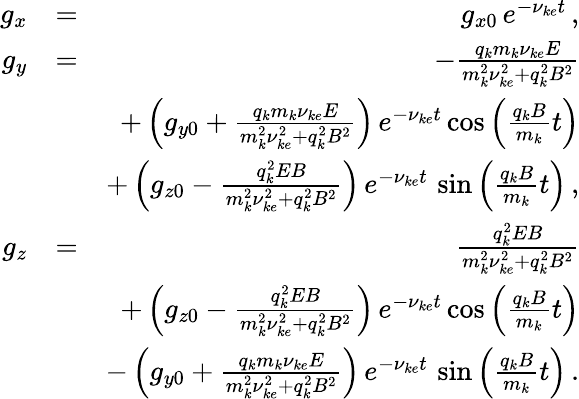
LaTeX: \begin{array}{rlr}{g_{x}}&{=}&{g_{x0}\, e^{-\nu_{ke}t}\, ,}\\ {g_{y}}&{=}&{-\frac{q_{k}m_{k}\nu_{ke}E}{m_{k}^{2}\nu_{ke}^{2}+q_{k}^{2}B^{2}}}\\ &{}&{+\left(g_{y0}+\frac{q_{k}m_{k}\nu_{ke}E}{m_{k}^{2}\nu_{ke}^{2}+q_{k}^{2}B^{2}}\right)\, e^{-\nu_{ke}t}\cos\left(\frac{q_{k}B}{m_{k}}t\right)}\\ &{}&{+\left(g_{z0}-\frac{q_{k}^{2}EB}{m_{k}^{2}\nu_{ke}^{2}+q_{k}^{2}B^{2}}\right)\, e^{-\nu_{ke}t}\, \sin\left(\frac{q_{k}B}{m_{k}}t\right)\, ,}\\ {g_{z}}&{=}&{\frac{q_{k}^{2}EB}{m_{k}^{2}\nu_{ke}^{2}+q_{k}^{2}B^{2}}}\\ &{}&{+\left(g_{z0}-\frac{q_{k}^{2}EB}{m_{k}^{2}\nu_{ke}^{2}+q_{k}^{2}B^{2}}\right)\, e^{-\nu_{ke}t}\cos\left(\frac{q_{k}B}{m_{k}}t\right)}\\ &{}&{-\left(g_{y0}+\frac{q_{k}m_{k}\nu_{ke}E}{m_{k}^{2}\nu_{ke}^{2}+q_{k}^{2}B^{2}}\right)\, e^{-\nu_{ke}t}\, \sin\left(\frac{q_{k}B}{m_{k}}t\right)\, .}\end{array}